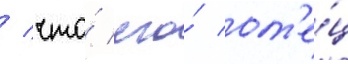
/ что́ его́ от'е́ц